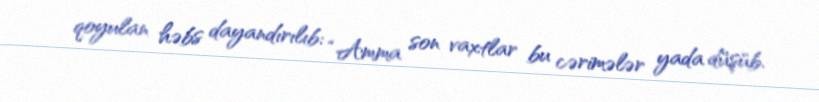
qoyulan həbs dayandırılıb: “Amma son vaxtlar bu cərimələr yada düşüb.